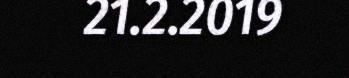
21.2.2019